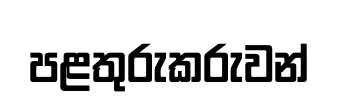
පළතුරුකරුවන්